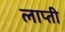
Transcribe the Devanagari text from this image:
लाप्ती